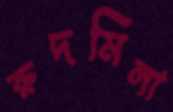
রুদমিলা